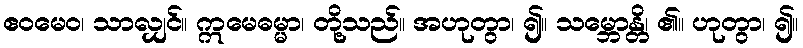
ဧဝမေဝ၊ သာလျှင်။ ဣမေဓမ္မာ၊ တို့သည်။ အဟုတွာ၊ ၍။ သမ္ဘောန္တိ၊ ၏။ ဟုတွာ၊ ၍။